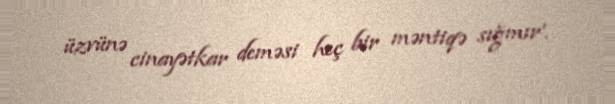
üzvünə cinayətkar deməsi heç bir məntiqə sığmır'.